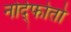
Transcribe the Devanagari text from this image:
नोर्द्फोतो